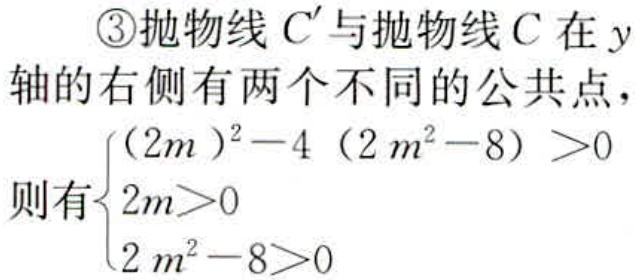
\textcircled{3}抛物线 \(C'\) 与抛物线 \(C\) 在 \(y\) 轴的右侧有两个不同的公共点，
则有\(\begin{cases}(2m)^2 - 4(2m^2 - 8) > 0 \\2m>0\\2m^2 - 8>0\end{cases}\)